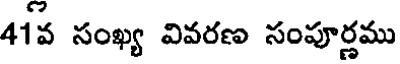
41వ సంఖ్య వివరణ సంపూర్ణము